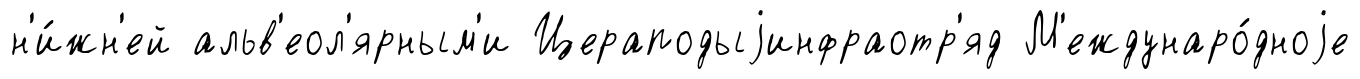
н'и́жн'ей альв'еол'ярным'и Цераподыjинфраотр'яд М'еждунаро́дноjе